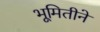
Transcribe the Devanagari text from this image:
भूमितीने